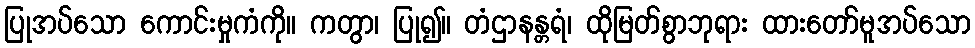
ပြုအပ်သော ကောင်းမှုကံကို။ ကတွာ၊ ပြု၍။ တံဌာနန္တရံ၊ ထိုမြတ်စွာဘုရား ထားတော်မူအပ်သော